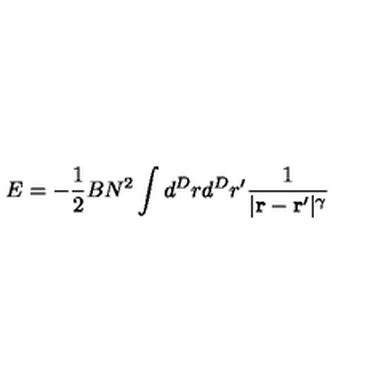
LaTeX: E = - { \frac { 1 } { 2 } } B N ^ { 2 } \int d ^ { D } r d ^ { D } r ^ { \prime } { \frac { 1 } { | { \bf r - r ^ { \prime } } | ^ { \gamma } } }